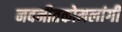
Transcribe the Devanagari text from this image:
नवनीतकोमलांगी